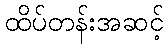
ထိပ်တန်းအဆင့်